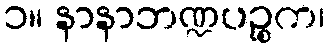
၁။ နာနာဘဏ္ဍပဉ္စက၊